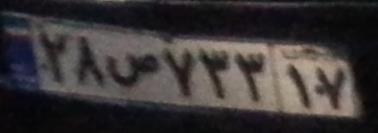
۲۸ص۷۳۳۱۷